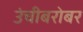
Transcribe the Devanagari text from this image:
उंचीबरोबर